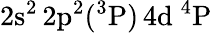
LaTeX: \mathrm{2s^{2}\, 2p^{2}(^{3}P)\, 4d~^{4}P}